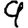
Digit: 9